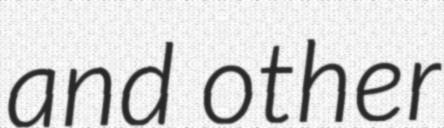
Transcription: and other